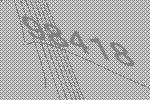
98418